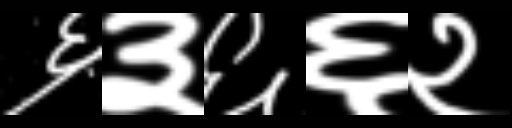
Text: ६३६६२